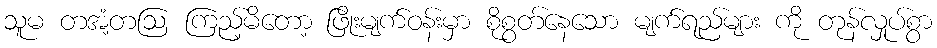
သူမ တအံ့တဩ ကြည့်မိတော့ ဖြိုးမျက်ဝန်းမှာ စိုစွတ်နေသော မျက်ရည်များ ကို တုန်လှုပ်စွာ